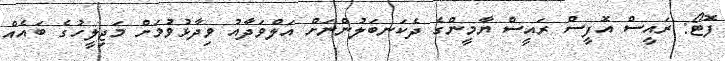
ފޮޓޯ: ރައީސް އޮފީސް ރައީސް ޔާމީންގެ ދެކަނބަލުންނަށް އަލްވަދާއު ވިދާޅުވުމަށް މަޖިލީހުގެ ބައެއް